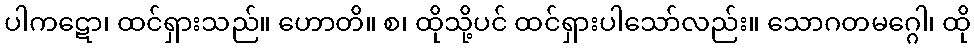
ပါကဋော၊ ထင်ရှားသည်။ ဟောတိ။ စ၊ ထိုသို့ပင် ထင်ရှားပါသော်လည်း။ သောဂတမဂ္ဂေါ၊ ထို